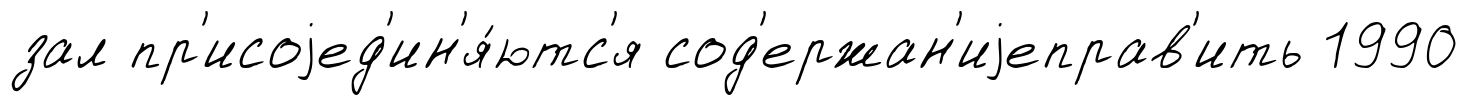
зал пр'исоjед'ин'я́ютс'я сод'ержан'иjеправ'ить 1990